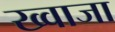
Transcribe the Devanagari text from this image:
ख्‍वाजा